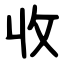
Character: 收